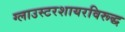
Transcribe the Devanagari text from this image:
ग्लाउस्टरशायरविरूद्ध